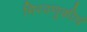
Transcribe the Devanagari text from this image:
मिरवणुकीचं